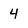
Character: 4